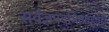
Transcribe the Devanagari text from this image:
सर्वज्ञपदमित्याहुर्देही